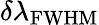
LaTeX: \delta\lambda_{\mathrm{FWHM}}